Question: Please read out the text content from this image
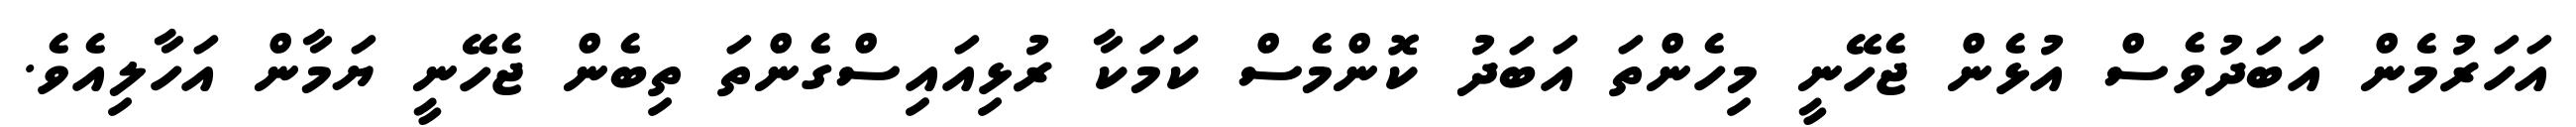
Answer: އަހަރުމެން އަބަދުވެސް އުޅެން ޖެހޭނީ މިހެންތަ އަބަދު ކޮންމެސް ކަމަކާ ރުޅިއައިސްގެންތަ ތިބެން ޖެހޭނީ ޔަމާން އަހާލިއެވެ.